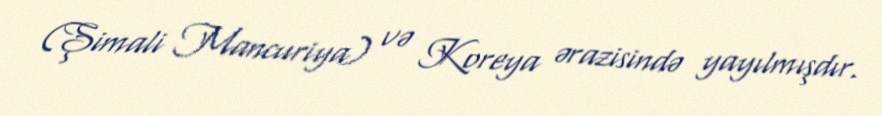
(Şimali Mancuriya) və Koreya ərazisində yayılmışdır.